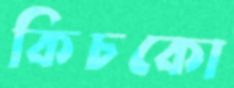
কিচকো